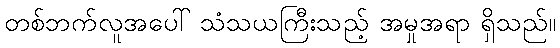
တစ်ဘက်လူအပေါ် သံသယကြီးသည့် အမှုအရာ ရှိသည်။